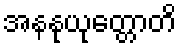
အနနုယုတ္တောတိ